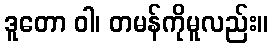
ဒူတော ဝါ၊ တမန်ကိုမူလည်း။